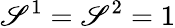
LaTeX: \mathscr{S}^{1}=\mathscr{S}^{2}=1